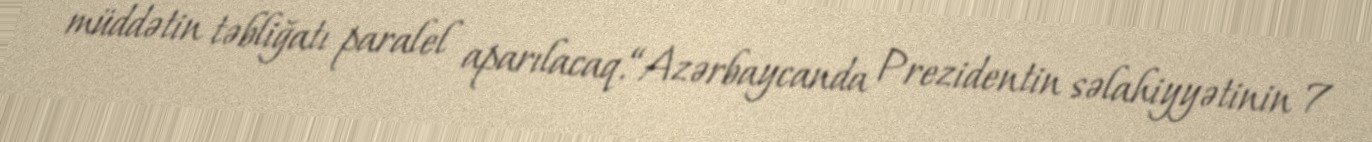
müddətin təbliğatı paralel aparılacaq.“Azərbaycanda Prezidentin səlahiyyətinin 7